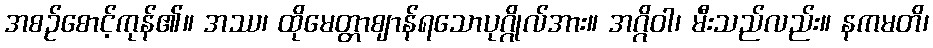
အစဉ်စောင့်ကုန်၏။ အဿ၊ ထိုမေတ္တာဈာန်ရသောပုဂ္ဂိုလ်အား။ အဂ္ဂိဝါ၊ မီးသည်လည်း။ နကမတိ၊